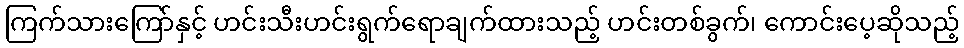
ကြက်သားကြော်နှင့် ဟင်းသီးဟင်းရွက်ရောချက်ထားသည့် ဟင်းတစ်ခွက်၊ ကောင်းပေ့ဆိုသည့်